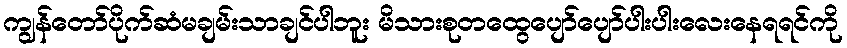
ကျွန်တော်ပိုက်ဆံမချမ်းသာချင်ပါဘူး မိသားစုတထွေပျော်ပျော်ပါးပါးလေးနေရရင်ကို